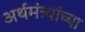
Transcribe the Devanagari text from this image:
अर्थमंत्र्यांच्या